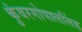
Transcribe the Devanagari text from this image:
कुंवरगोपालसिंह